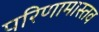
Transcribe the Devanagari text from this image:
परिणामास्तव